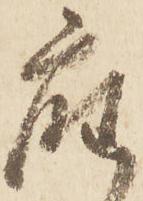
座